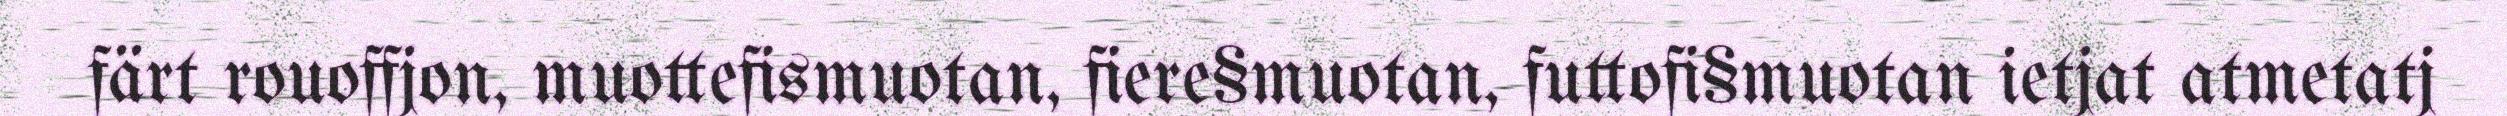
färt rouoffjon, muottefismuotan, fiere§muotan, futtofi§muotan ietjat atmetatj